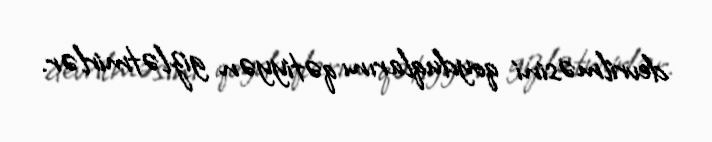
devrilməsini qoyduqlarını qətiyyən gizlətmirlər.